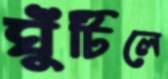
ঘুঁটিলে